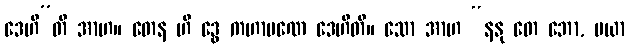
ဒေဟီ”တိ အာဟ။ တေန ဟိ ဒွေ ကဟာပဏေ ဒေဟီတိ။ သော အာဟ “နနု တေ ဘော, မယာ